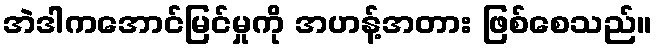
အဲဒါကအောင်မြင်မှုကို အဟန့်အတား ဖြစ်စေသည်။